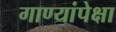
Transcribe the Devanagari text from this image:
गाण्यांपेक्षा